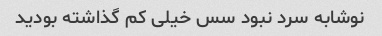
نوشابه سرد نبود سس خیلی کم گذاشته بودید